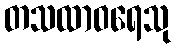
တသထာဝရေသု